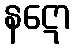
နဋော